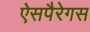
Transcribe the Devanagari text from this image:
ऐसपैरेगस